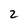
Character: 2